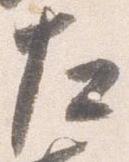
左